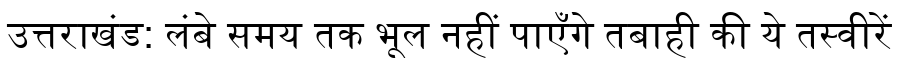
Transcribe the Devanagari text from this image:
उत्तराखंड: लंबे समय तक भूल नहीं पाएँगे तबाही की ये तस्वीरें